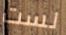
لست